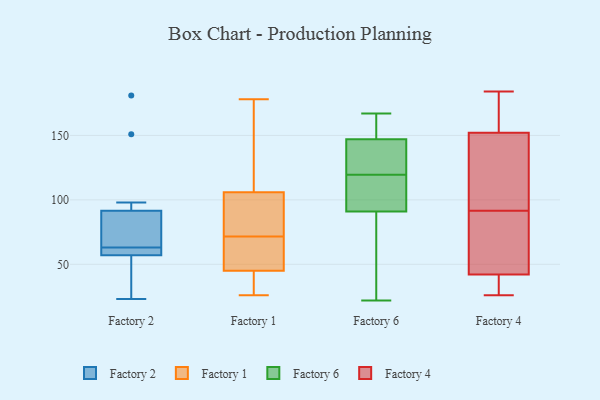
{"axis": {"x": "Bounce Rate (%)", "y": "Value"}, "legend": ["Factory 1", "Factory 2", "Factory 4", "Factory 6"], "data": [{"x": "", "y": 63, "type": "Factory 2"}, {"x": "", "y": 151, "type": "Factory 2"}, {"x": "", "y": 98, "type": "Factory 2"}, {"x": "", "y": 57, "type": "Factory 2"}, {"x": "", "y": 59, "type": "Factory 2"}, {"x": "", "y": 181, "type": "Factory 2"}, {"x": "", "y": 57, "type": "Factory 2"}, {"x": "", "y": 23, "type": "Factory 2"}, {"x": "", "y": 65, "type": "Factory 2"}, {"x": "", "y": 29, "type": "Factory 2"}, {"x": "", "y": 72, "type": "Factory 2"}, {"x": "", "y": 27, "type": "Factory 1"}, {"x": "", "y": 45, "type": "Factory 1"}, {"x": "", "y": 108, "type": "Factory 1"}, {"x": "", "y": 58, "type": "Factory 1"}, {"x": "", "y": 26, "type": "Factory 1"}, {"x": "", "y": 80, "type": "Factory 1"}, {"x": "", "y": 50, "type": "Factory 1"}, {"x": "", "y": 45, "type": "Factory 1"}, {"x": "", "y": 115, "type": "Factory 1"}, {"x": "", "y": 85, "type": "Factory 1"}, {"x": "", "y": 82, "type": "Factory 1"}, {"x": "", "y": 178, "type": "Factory 1"}, {"x": "", "y": 63, "type": "Factory 1"}, {"x": "", "y": 106, "type": "Factory 1"}, {"x": "", "y": 154, "type": "Factory 6"}, {"x": "", "y": 142, "type": "Factory 6"}, {"x": "", "y": 141, "type": "Factory 6"}, {"x": "", "y": 152, "type": "Factory 6"}, {"x": "", "y": 124, "type": "Factory 6"}, {"x": "", "y": 156, "type": "Factory 6"}, {"x": "", "y": 55, "type": "Factory 6"}, {"x": "", "y": 104, "type": "Factory 6"}, {"x": "", "y": 100, "type": "Factory 6"}, {"x": "", "y": 30, "type": "Factory 6"}, {"x": "", "y": 107, "type": "Factory 6"}, {"x": "", "y": 124, "type": "Factory 6"}, {"x": "", "y": 82, "type": "Factory 6"}, {"x": "", "y": 115, "type": "Factory 6"}, {"x": "", "y": 22, "type": "Factory 6"}, {"x": "", "y": 167, "type": "Factory 6"}, {"x": "", "y": 127, "type": "Factory 4"}, {"x": "", "y": 42, "type": "Factory 4"}, {"x": "", "y": 26, "type": "Factory 4"}, {"x": "", "y": 184, "type": "Factory 4"}, {"x": "", "y": 181, "type": "Factory 4"}, {"x": "", "y": 156, "type": "Factory 4"}, {"x": "", "y": 47, "type": "Factory 4"}, {"x": "", "y": 140, "type": "Factory 4"}, {"x": "", "y": 93, "type": "Factory 4"}, {"x": "", "y": 40, "type": "Factory 4"}, {"x": "", "y": 64, "type": "Factory 4"}, {"x": "", "y": 27, "type": "Factory 4"}, {"x": "", "y": 152, "type": "Factory 4"}, {"x": "", "y": 90, "type": "Factory 4"}]}